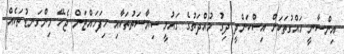
އިންސާނީ ހައްގުތަކަށް އިސްކަންދީ ދިގު މުއްދަތުގެ ގައުމީ ސިޔާސަތުތަކާއި ހިފަހައްޓަން ޖެހޭ މިންގަނޑުތަކެއް